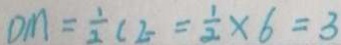
D M = \frac { 1 } { 2 } C E = \frac { 1 } { 2 } \times 6 = 3